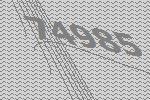
74985